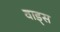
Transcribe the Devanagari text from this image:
वाड्स